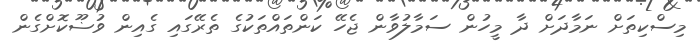
މިސްކިތަށް ނަމާދަށް ދާ މީހުން ސަމާލުވާން ޖެހޭ ކަންތައްތަކުގެ ތެރޭގައި ގެއިން ވުޟޫކޮށްގެން